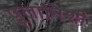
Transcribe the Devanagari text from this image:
पुलांनिशी